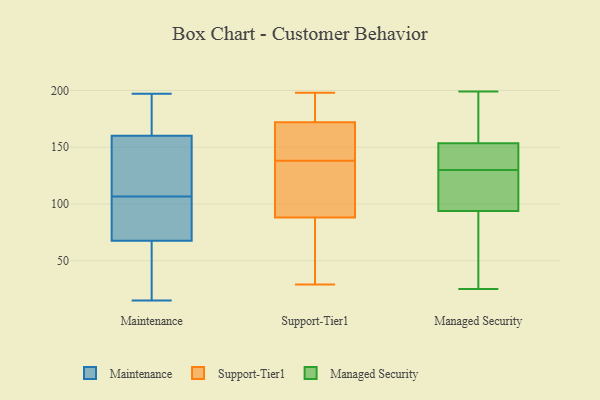
{"axis": {"x": "Operating Costs (USD K)", "y": "Value"}, "legend": ["Maintenance", "Managed Security", "Support-Tier1"], "data": [{"x": "", "y": 76, "type": "Maintenance"}, {"x": "", "y": 49, "type": "Maintenance"}, {"x": "", "y": 56, "type": "Maintenance"}, {"x": "", "y": 103, "type": "Maintenance"}, {"x": "", "y": 76, "type": "Maintenance"}, {"x": "", "y": 115, "type": "Maintenance"}, {"x": "", "y": 91, "type": "Maintenance"}, {"x": "", "y": 197, "type": "Maintenance"}, {"x": "", "y": 193, "type": "Maintenance"}, {"x": "", "y": 186, "type": "Maintenance"}, {"x": "", "y": 165, "type": "Maintenance"}, {"x": "", "y": 82, "type": "Maintenance"}, {"x": "", "y": 110, "type": "Maintenance"}, {"x": "", "y": 112, "type": "Maintenance"}, {"x": "", "y": 185, "type": "Maintenance"}, {"x": "", "y": 15, "type": "Maintenance"}, {"x": "", "y": 153, "type": "Maintenance"}, {"x": "", "y": 27, "type": "Maintenance"}, {"x": "", "y": 59, "type": "Maintenance"}, {"x": "", "y": 155, "type": "Maintenance"}, {"x": "", "y": 188, "type": "Support-Tier1"}, {"x": "", "y": 29, "type": "Support-Tier1"}, {"x": "", "y": 157, "type": "Support-Tier1"}, {"x": "", "y": 79, "type": "Support-Tier1"}, {"x": "", "y": 172, "type": "Support-Tier1"}, {"x": "", "y": 138, "type": "Support-Tier1"}, {"x": "", "y": 91, "type": "Support-Tier1"}, {"x": "", "y": 172, "type": "Support-Tier1"}, {"x": "", "y": 50, "type": "Support-Tier1"}, {"x": "", "y": 198, "type": "Support-Tier1"}, {"x": "", "y": 109, "type": "Support-Tier1"}, {"x": "", "y": 168, "type": "Support-Tier1"}, {"x": "", "y": 129, "type": "Support-Tier1"}, {"x": "", "y": 149, "type": "Managed Security"}, {"x": "", "y": 175, "type": "Managed Security"}, {"x": "", "y": 108, "type": "Managed Security"}, {"x": "", "y": 133, "type": "Managed Security"}, {"x": "", "y": 155, "type": "Managed Security"}, {"x": "", "y": 76, "type": "Managed Security"}, {"x": "", "y": 169, "type": "Managed Security"}, {"x": "", "y": 102, "type": "Managed Security"}, {"x": "", "y": 130, "type": "Managed Security"}, {"x": "", "y": 199, "type": "Managed Security"}, {"x": "", "y": 193, "type": "Managed Security"}, {"x": "", "y": 139, "type": "Managed Security"}, {"x": "", "y": 136, "type": "Managed Security"}, {"x": "", "y": 91, "type": "Managed Security"}, {"x": "", "y": 25, "type": "Managed Security"}, {"x": "", "y": 129, "type": "Managed Security"}, {"x": "", "y": 53, "type": "Managed Security"}, {"x": "", "y": 113, "type": "Managed Security"}, {"x": "", "y": 33, "type": "Managed Security"}]}